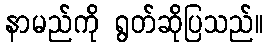
နာမည်ကို ရွတ်ဆိုပြသည်။